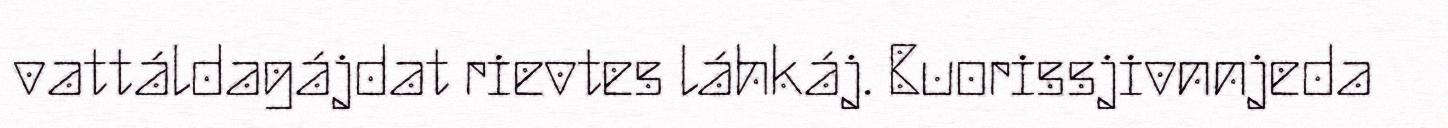
vattáldagájdat rievtes láhkáj. Buorissjivnnjeda